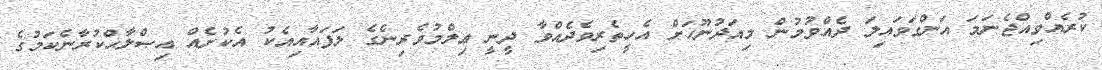
ކުރެއްވިއްޖެނަމަ އަންގަވައިލަ ދެއްވުމުން މިއަދުނޫހަށް އެހީތެރިވެދެއްވާ ދީނީ ޢިލްމުވެރިނެގެ ލަފައާއިއެކު އެކުށެއް އިޞްލާޙްކުރާނެކަމުގެ